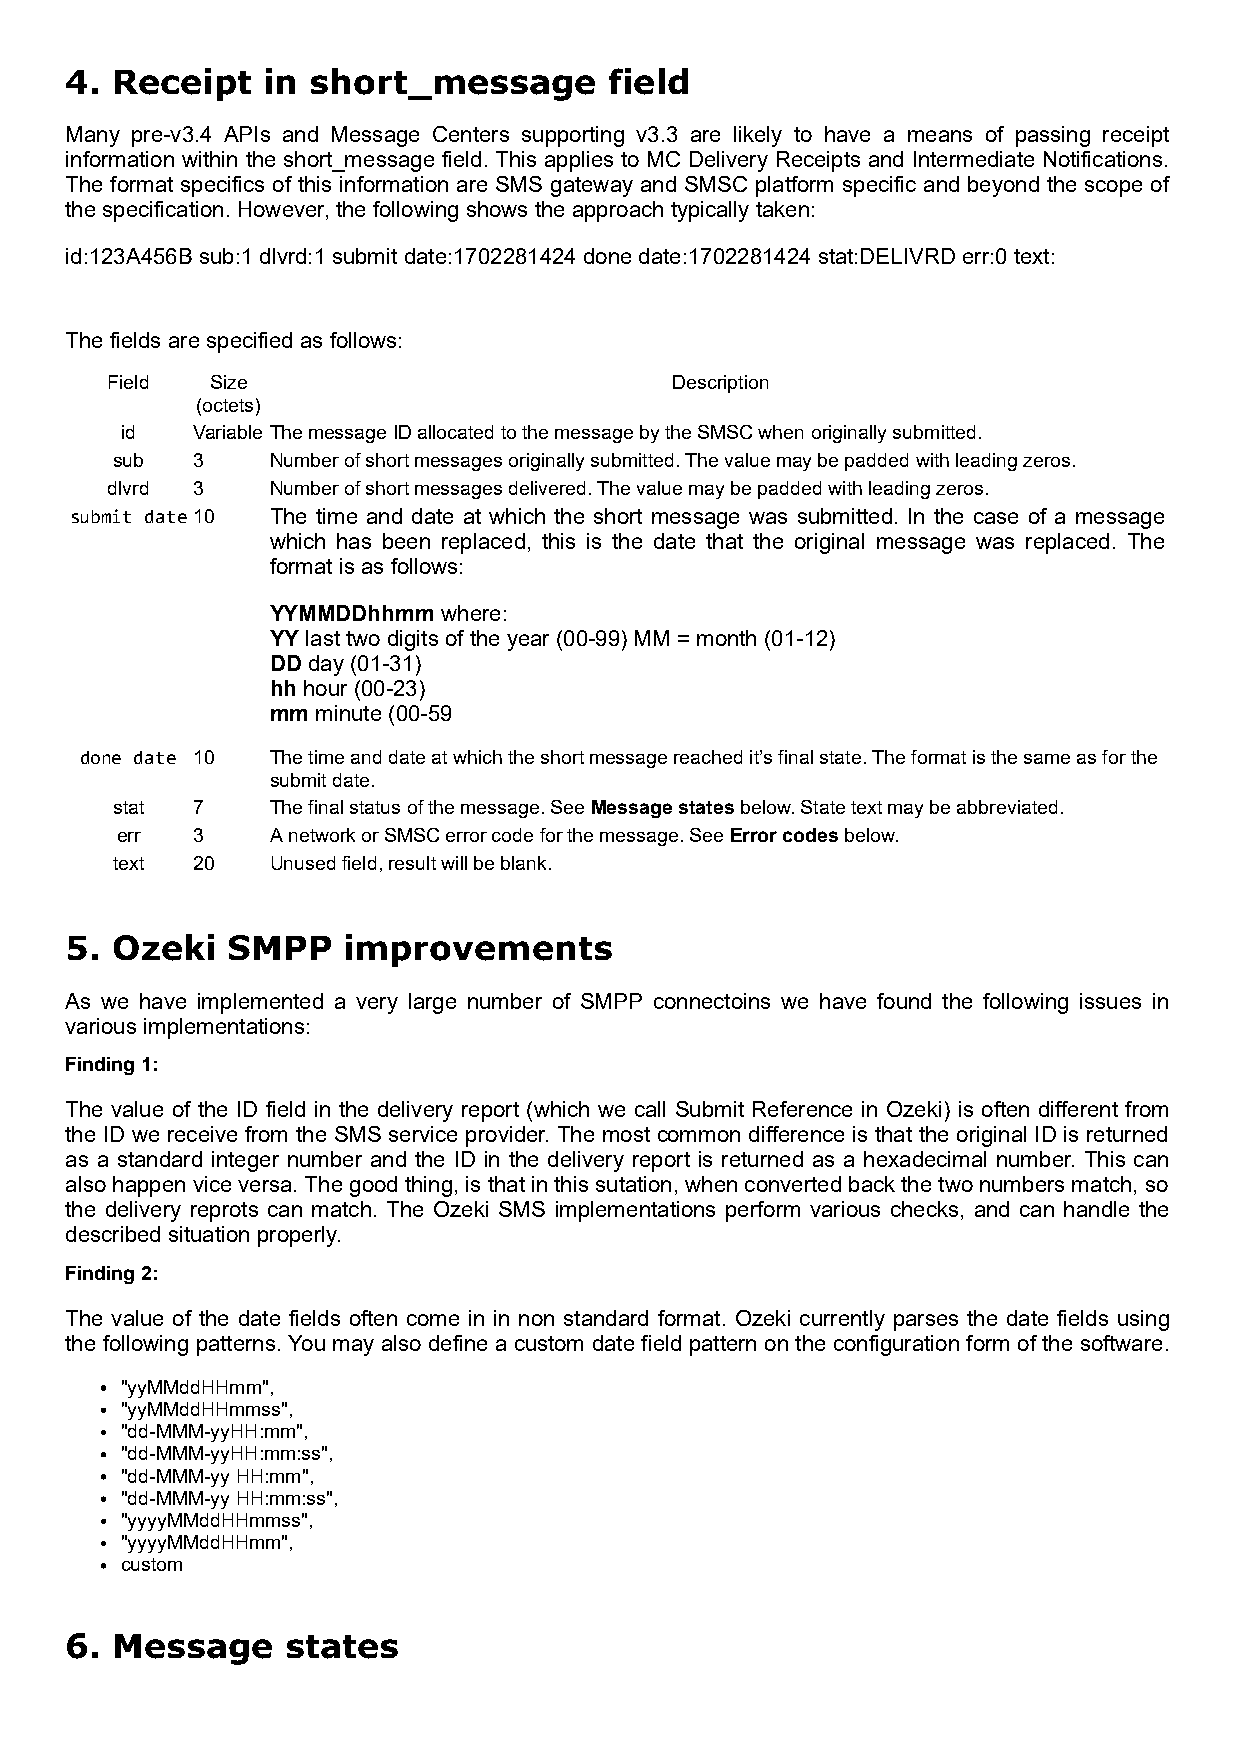
4. Receipt   in  short_message      field
 Many pre-v3.4 APIs and Message Centers supporting v3.3 are likely to have a means of passing receipt
 information within the short_message field. This applies to MC Delivery Receipts and Intermediate Notifications.
 The format specifics of this information are SMS gateway and SMSC platform specific and beyond the scope of
 the specification. However, the following shows the approach typically taken:
 id:123A456B sub:1 dlvrd:1 submit date:1702281424 done date:1702281424 stat:DELIVRD err:0 text:
 The fields are specified as follows:
 Field  Size                           Description
 (octets)
 id   Variable The message ID allocated to the message by the SMSC when originally submitted.
 sub   3    Number of short messages originally submitted. The value may be padded with leading zeros.
 dlvrd 3    Number of short messages delivered. The value may be padded with leading zeros.
 submit date10 The time and date at which the short message was submitted. In the case of a message
 which has been replaced, this is the date that the original message was replaced. The
 format is as follows:
 YYMMDDhhmm where:
 YY last two digits of the year (00-99) MM = month (01-12)
 DD day (01-31)
 hh hour (00-23)
 mm minute (00-59
 done date 10 The time and date at which the short message reached it’s final state. The format is the same as for the
 submit date.
 stat  7    The final status of the message. See Message states below. State text may be abbreviated.
 err  3    A network or SMSC error code for the message. See Error codes below.
 text  20   Unused field, result will be blank.
 5. Ozeki   SMPP    improvements
 As we have implemented a very large number of SMPP connectoins we have found the following issues in
 various implementations:
 Finding 1:
 The value of the ID field in the delivery report (which we call Submit Reference in Ozeki) is often different from
 the ID we receive from the SMS service provider. The most common difference is that the original ID is returned
 as a standard integer number and the ID in the delivery report is returned as a hexadecimal number. This can
 also happen vice versa. The good thing, is that in this sutation, when converted back the two numbers match, so
 the delivery reprots can match. The Ozeki SMS implementations perform various checks, and can handle the
 described situation properly.
 Finding 2:
 The value of the date fields often come in in non standard format. Ozeki currently parses the date fields using
 the following patterns. You may also define a custom date field pattern on the configuration form of the software.
 "yyMMddHHmm",
 "yyMMddHHmmss",
 "dd-MMM-yyHH:mm",
 "dd-MMM-yyHH:mm:ss",
 "dd-MMM-yy HH:mm",
 "dd-MMM-yy HH:mm:ss",
 "yyyyMMddHHmmss",
 "yyyyMMddHHmm",
 custom
 6. Message     states